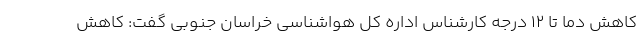
کاهش دما تا ۱۲ درجه کارشناس اداره کل هواشناسی خراسان جنوبی گفت: کاهش